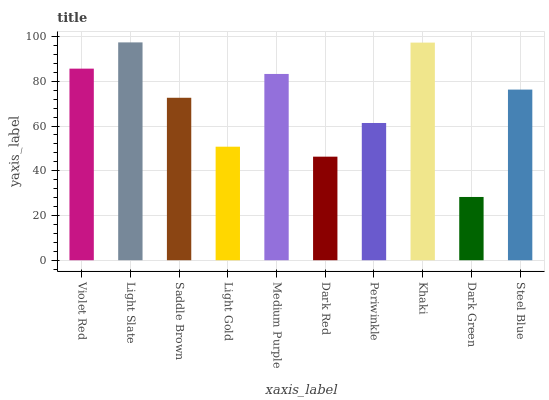
| xaxis_label | bars |
 | --- | --- |
 | Violet Red | 85.7 |
 | Light Slate | 97.4 |
 | Saddle Brown | 72.6 |
 | Light Gold | 50.8 |
 | Medium Purple | 83.3 |
 | Dark Red | 46.3 |
 | Periwinkle | 61.4 |
 | Khaki | 97.3 |
 | Dark Green | 28.3 |
 | Steel Blue | 76.3 |